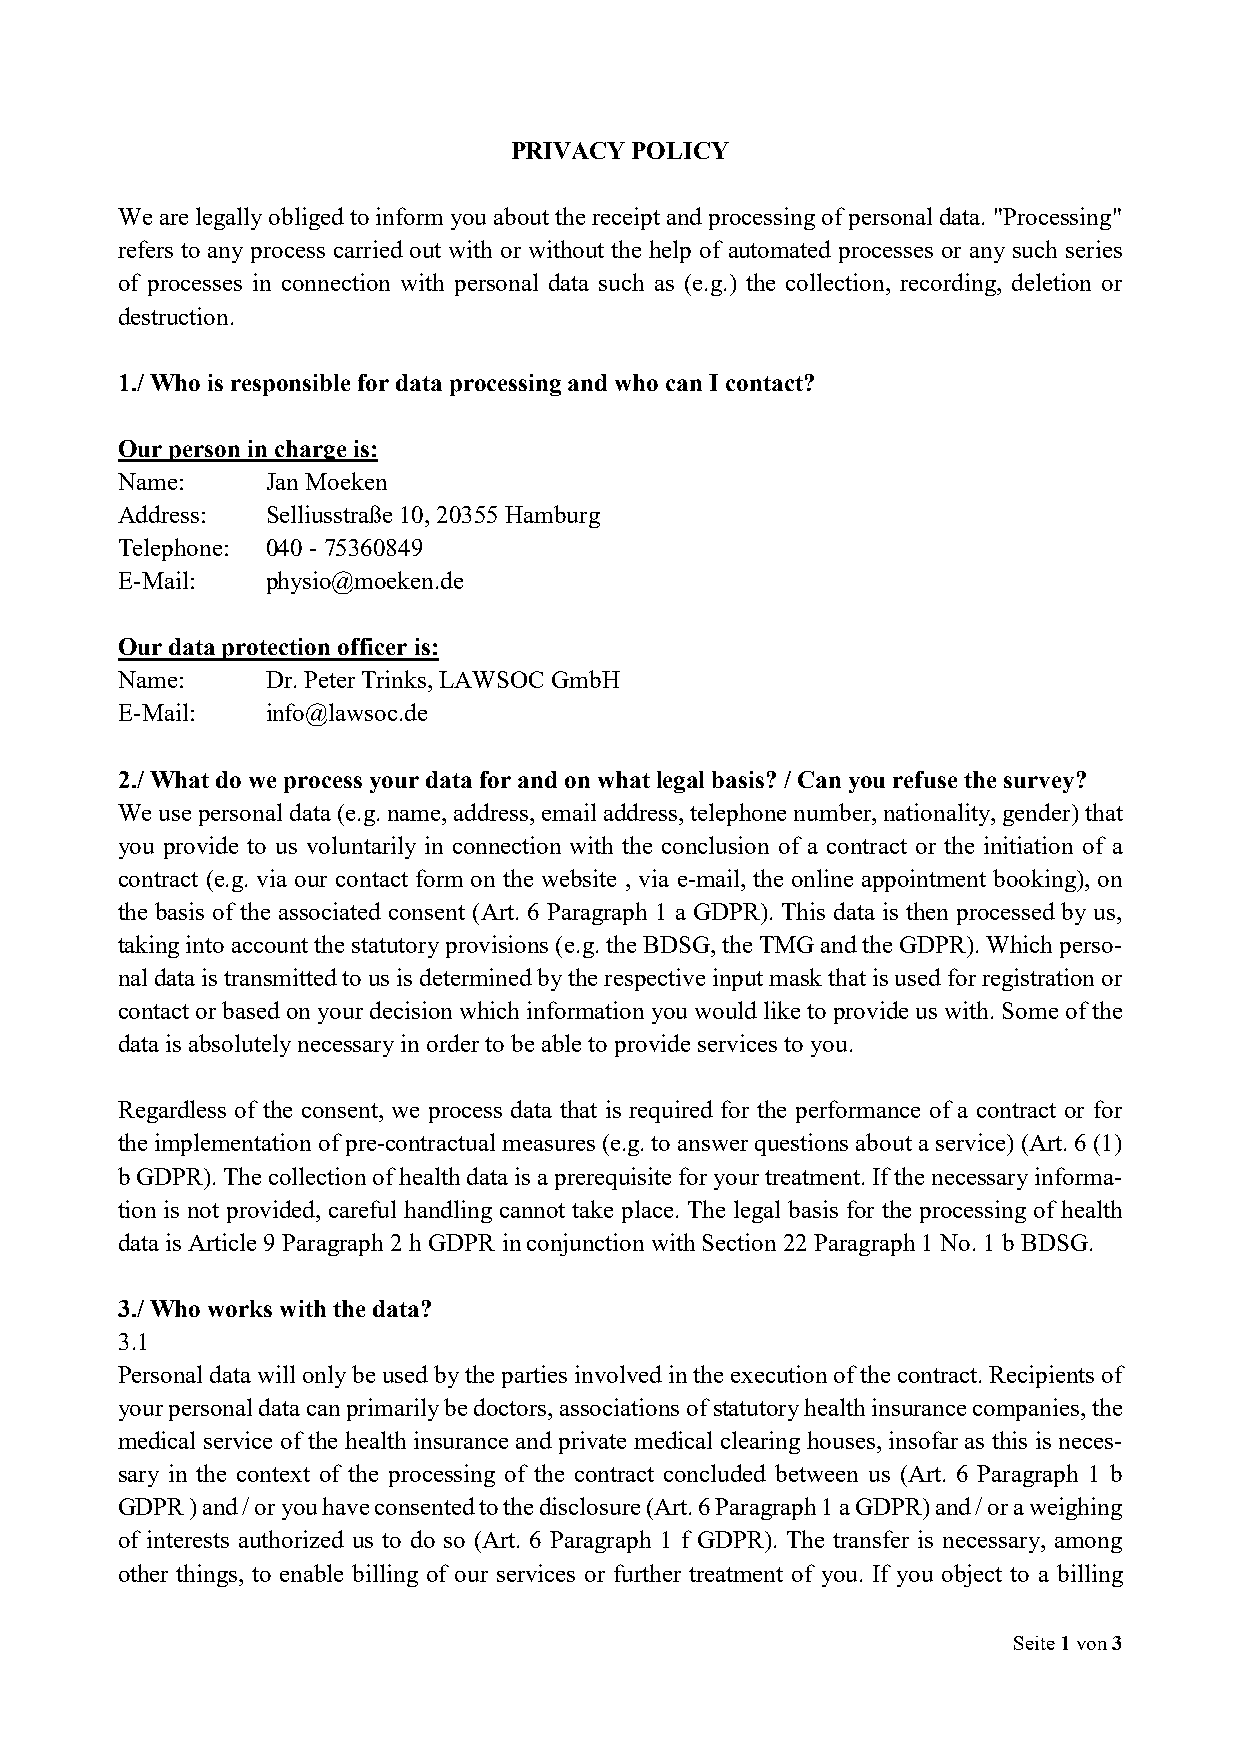
PRIVACY POLICY
 We are legally obliged to inform you about the receipt and processing of personal data. "Processing"
 refers to any process carried out with or without the help of automated processes or any such series
 of processes in connection with personal data such as (e.g.) the collection, recording, deletion or
 destruction.
 1./ Who is responsible for data processing and who can I contact?
 Our person in charge is:
 Name:     Jan Moeken
 Address:  Selliusstraße 10, 20355 Hamburg
 Telephone: 040 - 75360849
 E-Mail:   physio@moeken.de
 Our data protection officer is:
 Name:     Dr. Peter Trinks, LAWSOC GmbH
 E-Mail:   info@lawsoc.de
 2./ What do we process your data for and on what legal basis? / Can you refuse the survey?
 We use personal data (e.g. name, address, email address, telephone number, nationality, gender) that
 you provide to us voluntarily in connection with the conclusion of a contract or the initiation of a
 contract (e.g. via our contact form on the website , via e-mail, the online appointment booking), on
 the basis of the associated consent (Art. 6 Paragraph 1 a GDPR). This data is then processed by us,
 taking into account the statutory provisions (e.g. the BDSG, the TMG and the GDPR). Which perso-
 nal data is transmitted to us is determined by the respective input mask that is used for registration or
 contact or based on your decision which information you would like to provide us with. Some of the
 data is absolutely necessary in order to be able to provide services to you.
 Regardless of the consent, we process data that is required for the performance of a contract or for
 the implementation of pre-contractual measures (e.g. to answer questions about a service) (Art. 6 (1)
 b GDPR). The collection of health data is a prerequisite for your treatment. If the necessary informa-
 tion is not provided, careful handling cannot take place. The legal basis for the processing of health
 data is Article 9 Paragraph 2 h GDPR in conjunction with Section 22 Paragraph 1 No. 1 b BDSG.
 3./ Who works with the data?
 3.1
 Personal data will only be used by the parties involved in the execution of the contract. Recipients of
 your personal data can primarily be doctors, associations of statutory health insurance companies, the
 medical service of the health insurance and private medical clearing houses, insofar as this is neces-
 sary in the context of the processing of the contract concluded between us (Art. 6 Paragraph 1 b
 GDPR ) and / or you have consented to the disclosure (Art. 6 Paragraph 1 a GDPR) and / or a weighing
 of interests authorized us to do so (Art. 6 Paragraph 1 f GDPR). The transfer is necessary, among
 other things, to enable billing of our services or further treatment of you. If you object to a billing
 Seite 1 von 3